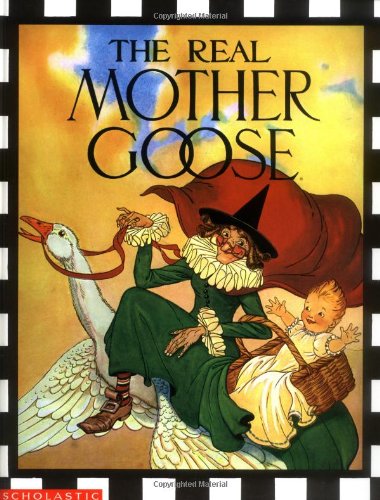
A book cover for The Real Mother Goose; Blanche Fisher Wright; Politics & Social Sciences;